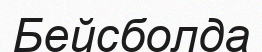
Бейсболда